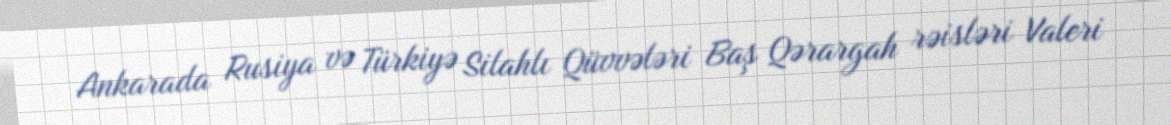
Ankarada Rusiya və Türkiyə Silahlı Qüvvələri Baş Qərargah rəisləri Valeri